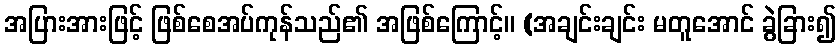
အပြားအားဖြင့် ဖြစ်စေအပ်ကုန်သည်၏ အဖြစ်ကြောင့်။ (အချင်းချင်း မတူအောင် ခွဲခြား၍